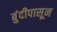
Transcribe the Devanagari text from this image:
बुंदीपासून